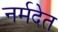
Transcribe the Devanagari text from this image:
नर्मदेत